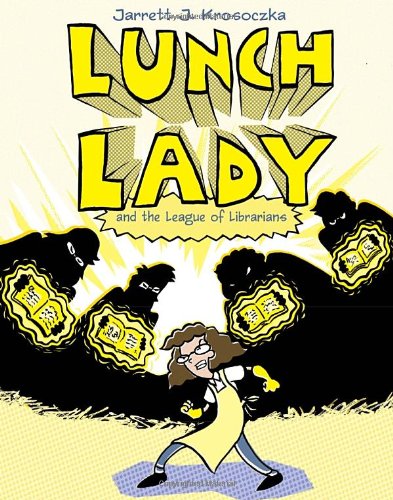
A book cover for Lunch Lady and the League of Librarians: Lunch Lady #2; Jarrett J. Krosoczka; Children's Books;